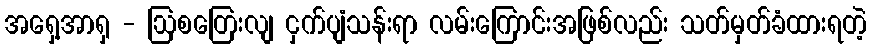
အရှေ့အာရှ - ဩစတြေးလျ ငှက်ပျံသန်းရာ လမ်းကြောင်းအဖြစ်လည်း သတ်မှတ်ခံထားရတဲ့